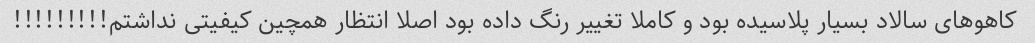
کاهوهای سالاد بسیار پلاسیده بود و کاملا تغییر رنگ داده بود اصلا انتظار همچین کیفیتی نداشتم!!!!!!!!!